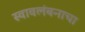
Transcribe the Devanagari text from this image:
स्वावलंबनाचा